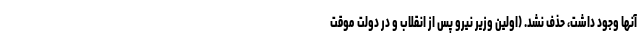
آنها وجود داشت، حذف نشد. (اولین وزیر نیرو پس از انقلاب و در دولت موقت